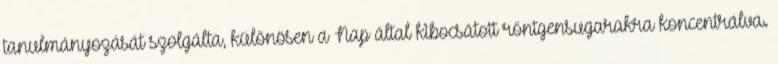
tanulmányozását szolgálta, különösen a Nap által kibocsátott röntgensugarakra koncentrálva.